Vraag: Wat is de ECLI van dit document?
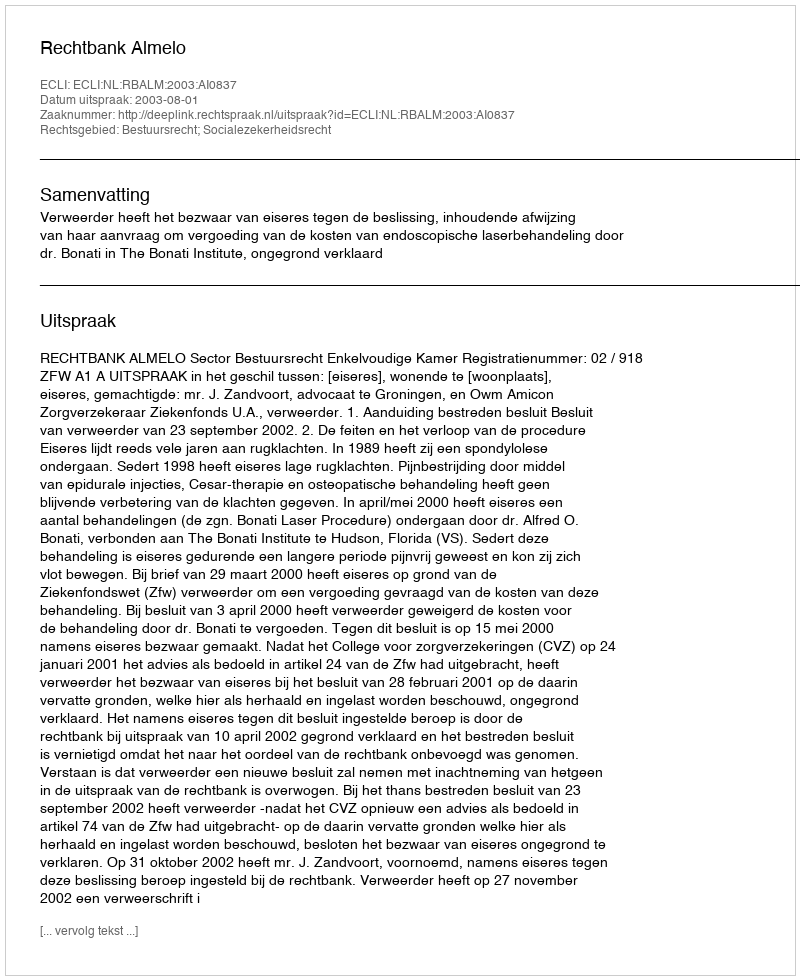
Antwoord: ECLI:NL:RBALM:2003:AI0837